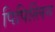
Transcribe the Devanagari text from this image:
पिपित्लिन